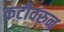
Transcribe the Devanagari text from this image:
कटीवरुन